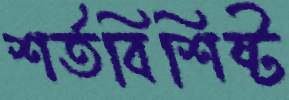
শর্তবিশিষ্ট